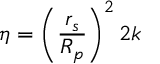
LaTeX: \eta = \left( \frac { r _ { s } } { R _ { p } } \right) ^ { 2 } 2 k